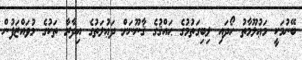
ބޭނުމަކީ މަޢުލޫމާތު ހޯދައި ލިބިގަތުމުގެ ޙައްޤުގެ ޤާނޫނަށް ދަޢުލަތުގެ އިދާރާ ތަކުގެ މުވައްޒަފުން